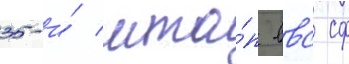
35-и́ мта́п ввс сф